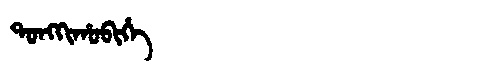
Manchu: ᡨᠣᠩᡴᡳᡥᠣᠪᡳᡥᡝ
Romanization: TONGKIHOBIHE